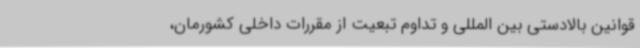
قوانین بالادستی بین المللی و تداوم تبعیت از مقررات داخلی کشورمان،